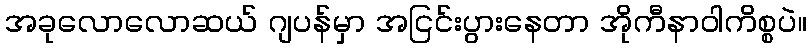
အခုလောလောဆယ် ဂျပန်မှာ အငြင်းပွားနေတာ အိုကီနာဝါကိစ္စပဲ။